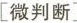
[微判断]